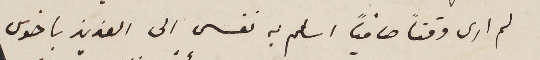
لم ارى وقتاً صافياً اسلم به نفسى الى العزيز باخوس